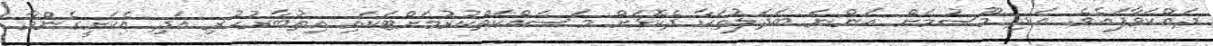
ދައްކަވާފައެވެ. އަދި މޫސުމަށް އަންނަ ބަދަލުތަކާ ދެކޮޅަށް މަސައްކަތްކުރުމަށްޓަކައި އިތުބާރުހުރި އަދި އެކަށީގެންވާ